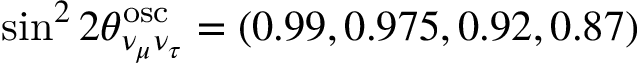
{ \sin } ^ { 2 } \, 2 \theta _ { \nu _ { \mu } \nu _ { \tau } } ^ { \mathrm { o s c } } = ( 0 . 9 9 , 0 . 9 7 5 , 0 . 9 2 , 0 . 8 7 )